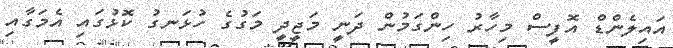
އައިލެންޑް އޮފީސް މިހާރު ހިންގަމުން ދަނީ މަޖީދީ މަގުގެ ހުޅަނގު ކޮޅުގައި އެމަގާއި